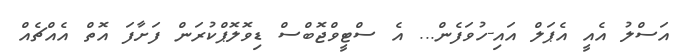
އަސްލު އެއީ އެޕަލް އައި-ހުވަފެން... އެ ސްޓީވްޖޮބްސް ޑިވޮލޮޕްކުރަން ފަށާފަ އޮތް އެއްޗެއް